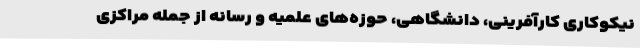
نیکوکاری کارآفرینی، دانشگاهی، حوزه‌های علمیه و رسانه از جمله مراکزی